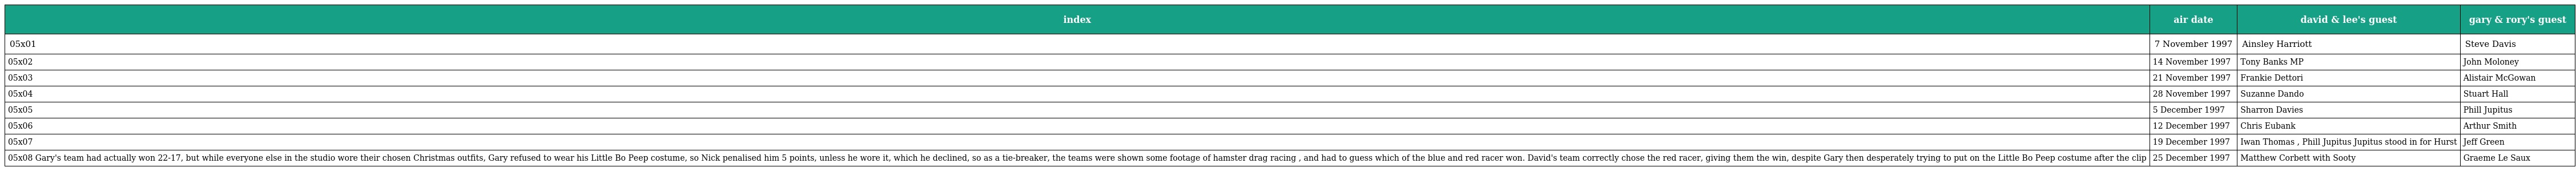
| index | air date | david & lee's guest | gary & rory's guest |
 | --- | --- | --- | --- |
 | 05x01 | 7 November 1997 | Ainsley Harriott | Steve Davis |
 | 05x02 | 14 November 1997 | Tony Banks MP | John Moloney |
 | 05x03 | 21 November 1997 | Frankie Dettori | Alistair McGowan |
 | 05x04 | 28 November 1997 | Suzanne Dando | Stuart Hall |
 | 05x05 | 5 December 1997 | Sharron Davies | Phill Jupitus |
 | 05x06 | 12 December 1997 | Chris Eubank | Arthur Smith |
 | 05x07 | 19 December 1997 | Iwan Thomas , Phill Jupitus Jupitus stood in for Hurst | Jeff Green |
 | 05x08 Gary's team had actually won 22-17, but while everyone else in the studio wore their chosen Christmas outfits, Gary refused to wear his Little Bo Peep costume, so Nick penalised him 5 points, unless he wore it, which he declined, so as a tie-breaker, the teams were shown some footage of hamster drag racing , and had to guess which of the blue and red racer won. David's team correctly chose the red racer, giving them the win, despite Gary then desperately trying to put on the Little Bo Peep costume after the clip | 25 December 1997 | Matthew Corbett with Sooty | Graeme Le Saux |